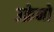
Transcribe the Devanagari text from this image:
उक्रेनो